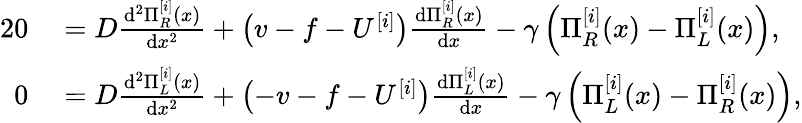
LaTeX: \begin{array}{rl}{{2}0}&{{}=D\frac{\mathrm{d}^{2}\Pi_{R}^{[i]}(x)}{\mathrm{d}x^{2}}+\left(v-f-U^{[i]}\right)\frac{\mathrm{d}\Pi_{R}^{[i]}(x)}{\mathrm{d}x}-\gamma\left(\Pi_{R}^{[i]}(x)-\Pi_{L}^{[i]}(x)\right),}\\ {0}&{{}=D\frac{\mathrm{d}^{2}\Pi_{L}^{[i]}(x)}{\mathrm{d}x^{2}}+\left(-v-f-U^{[i]}\right)\frac{\mathrm{d}\Pi_{L}^{[i]}(x)}{\mathrm{d}x}-\gamma\left(\Pi_{L}^{[i]}(x)-\Pi_{R}^{[i]}(x)\right),}\end{array}